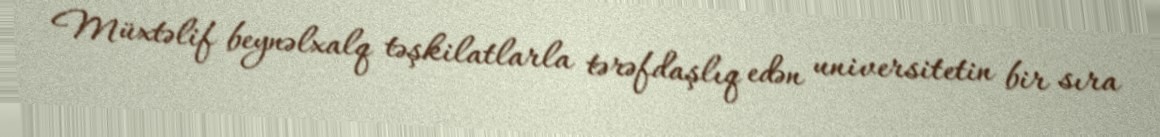
Müxtəlif beynəlxalq təşkilatlarla tərəfdaşlıq edən universitetin bir sıra